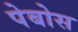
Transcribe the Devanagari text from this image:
पेबोस